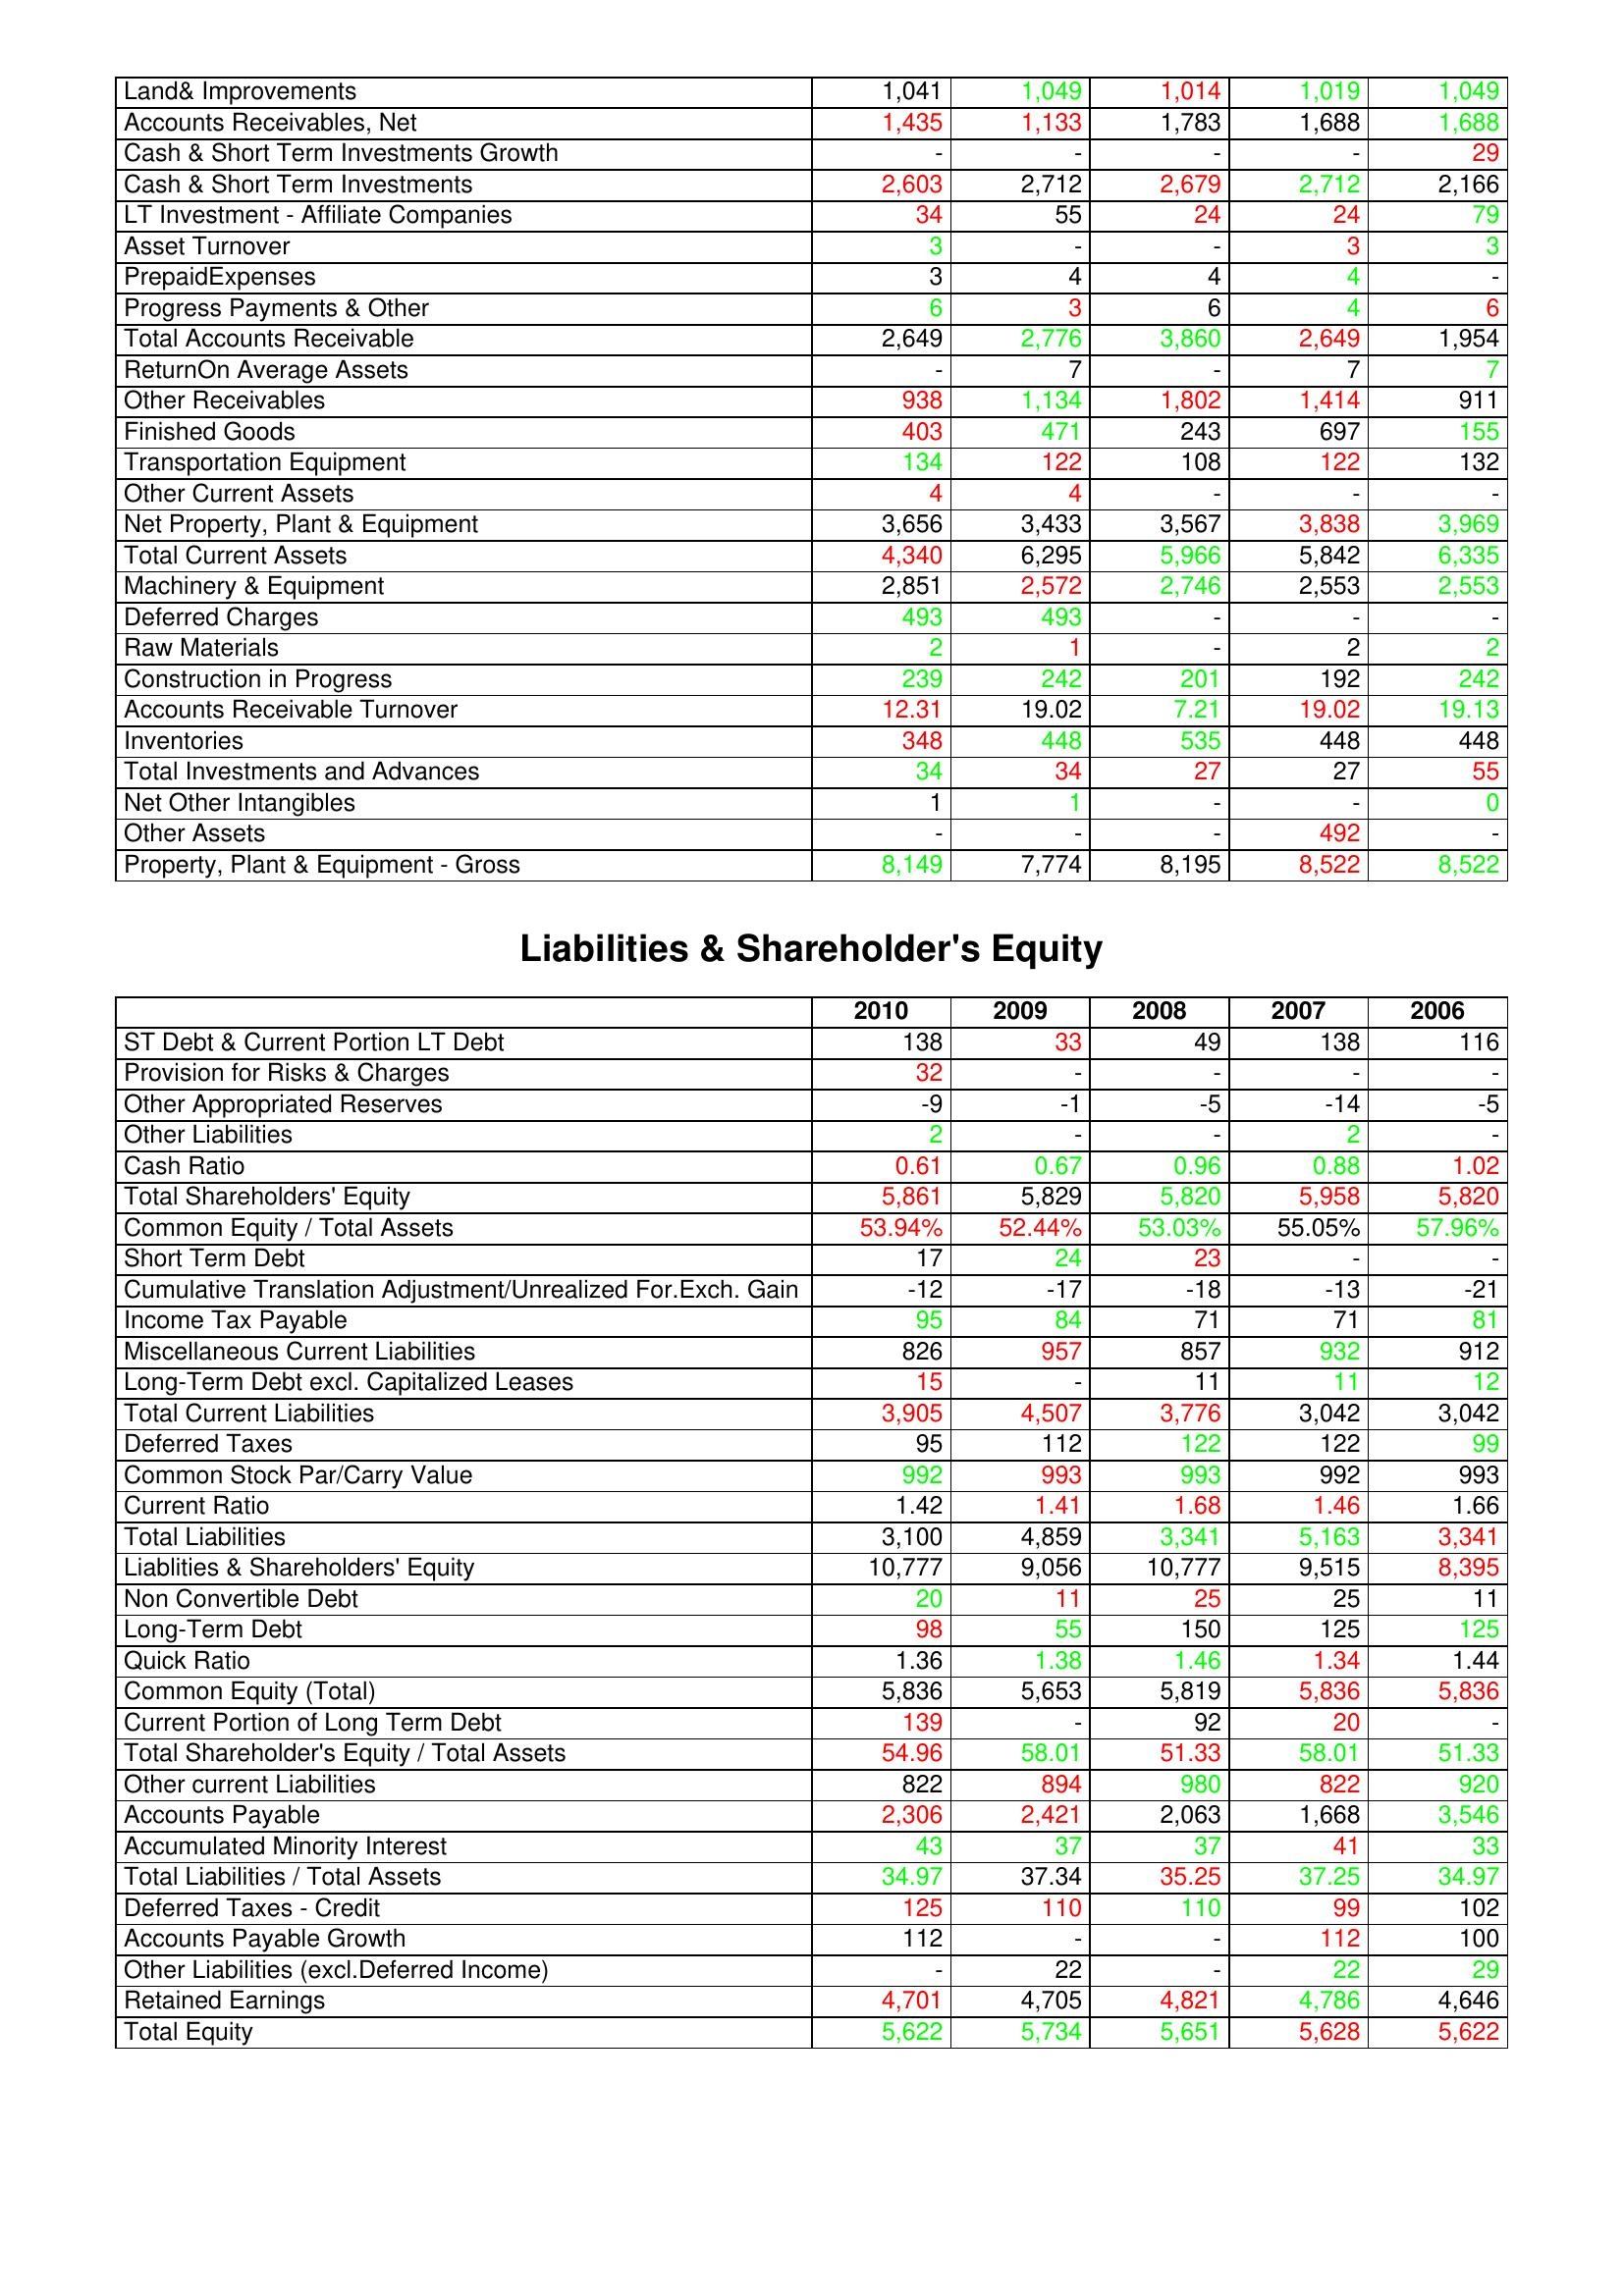
gt_parse: 2010: Assets: Land& Improvements: 1,041
Accounts Receivables, Net: 1,435
Cash & Short Term Investments Growth: -
Cash & Short Term Investments: 2,603
LT Investment - Affiliate Companies: 34
Asset Turnover: 3
PrepaidExpenses: 3
Progress Payments & Other: 6
Total Accounts Receivable: 2,649
ReturnOn Average Assets: -
Other Receivables: 938
Finished Goods: 403
Transportation Equipment: 134
Other Current Assets: 4
Net Property, Plant & Equipment: 3,656
Total Current Assets: 4,340
Machinery & Equipment: 2,851
Deferred Charges: 493
Raw Materials: 2
Construction in Progress: 239
Accounts Receivable Turnover: 12.31
Inventories: 348
Total Investments and Advances: 34
Net Other Intangibles: 1
Other Assets: -
Property, Plant & Equipment - Gross : 8,149
Liabilities & Shareholder's Equity: ST Debt & Current Portion LT Debt: 138
Provision for Risks & Charges: 32
Other Appropriated Reserves: -9
Other Liabilities: 2
Cash Ratio: 0.61
Total Shareholders' Equity: 5,861
Common Equity / Total Assets: 53.94%
Short Term Debt: 17
Cumulative Translation Adjustment/Unrealized For.Exch. Gain: -12
Income Tax Payable: 95
Miscellaneous Current Liabilities: 826
Long-Term Debt excl. Capitalized Leases: 15
Total Current Liabilities: 3,905
Deferred Taxes: 95
Common Stock Par/Carry Value: 992
Current Ratio: 1.42
Total Liabilities: 3,100
Liablities & Shareholders' Equity: 10,777
Non Convertible Debt: 20
Long-Term Debt: 98
Quick Ratio: 1.36
Common Equity (Total): 5,836
Current Portion of Long Term Debt: 139
Total Shareholder's Equity / Total Assets: 54.96
Other current Liabilities: 822
Accounts Payable: 2,306
Accumulated Minority Interest: 43
Total Liabilities / Total Assets: 34.97
Deferred Taxes - Credit: 125
Accounts Payable Growth: 112
Other Liabilities (excl.Deferred Income): -
Retained Earnings: 4,701
Total Equity: 5,622
2009: Assets: Land& Improvements: 1,049
Accounts Receivables, Net: 1,133
Cash & Short Term Investments Growth: -
Cash & Short Term Investments: 2,712
LT Investment - Affiliate Companies: 55
Asset Turnover: -
PrepaidExpenses: 4
Progress Payments & Other: 3
Total Accounts Receivable: 2,776
ReturnOn Average Assets: 7
Other Receivables: 1,134
Finished Goods: 471
Transportation Equipment: 122
Other Current Assets: 4
Net Property, Plant & Equipment: 3,433
Total Current Assets: 6,295
Machinery & Equipment: 2,572
Deferred Charges: 493
Raw Materials: 1
Construction in Progress: 242
Accounts Receivable Turnover: 19.02
Inventories: 448
Total Investments and Advances: 34
Net Other Intangibles: 1
Other Assets: -
Property, Plant & Equipment - Gross : 7,774
Liabilities & Shareholder's Equity: ST Debt & Current Portion LT Debt: 33
Provision for Risks & Charges: -
Other Appropriated Reserves: -1
Other Liabilities: -
Cash Ratio: 0.67
Total Shareholders' Equity: 5,829
Common Equity / Total Assets: 52.44%
Short Term Debt: 24
Cumulative Translation Adjustment/Unrealized For.Exch. Gain: -17
Income Tax Payable: 84
Miscellaneous Current Liabilities: 957
Long-Term Debt excl. Capitalized Leases: -
Total Current Liabilities: 4,507
Deferred Taxes: 112
Common Stock Par/Carry Value: 993
Current Ratio: 1.41
Total Liabilities: 4,859
Liablities & Shareholders' Equity: 9,056
Non Convertible Debt: 11
Long-Term Debt: 55
Quick Ratio: 1.38
Common Equity (Total): 5,653
Current Portion of Long Term Debt: -
Total Shareholder's Equity / Total Assets: 58.01
Other current Liabilities: 894
Accounts Payable: 2,421
Accumulated Minority Interest: 37
Total Liabilities / Total Assets: 37.34
Deferred Taxes - Credit: 110
Accounts Payable Growth: -
Other Liabilities (excl.Deferred Income): 22
Retained Earnings: 4,705
Total Equity: 5,734
2008: Assets: Land& Improvements: 1,014
Accounts Receivables, Net: 1,783
Cash & Short Term Investments Growth: -
Cash & Short Term Investments: 2,679
LT Investment - Affiliate Companies: 24
Asset Turnover: -
PrepaidExpenses: 4
Progress Payments & Other: 6
Total Accounts Receivable: 3,860
ReturnOn Average Assets: -
Other Receivables: 1,802
Finished Goods: 243
Transportation Equipment: 108
Other Current Assets: -
Net Property, Plant & Equipment: 3,567
Total Current Assets: 5,966
Machinery & Equipment: 2,746
Deferred Charges: -
Raw Materials: -
Construction in Progress: 201
Accounts Receivable Turnover: 7.21
Inventories: 535
Total Investments and Advances: 27
Net Other Intangibles: -
Other Assets: -
Property, Plant & Equipment - Gross : 8,195
Liabilities & Shareholder's Equity: ST Debt & Current Portion LT Debt: 49
Provision for Risks & Charges: -
Other Appropriated Reserves: -5
Other Liabilities: -
Cash Ratio: 0.96
Total Shareholders' Equity: 5,820
Common Equity / Total Assets: 53.03%
Short Term Debt: 23
Cumulative Translation Adjustment/Unrealized For.Exch. Gain: -18
Income Tax Payable: 71
Miscellaneous Current Liabilities: 857
Long-Term Debt excl. Capitalized Leases: 11
Total Current Liabilities: 3,776
Deferred Taxes: 122
Common Stock Par/Carry Value: 993
Current Ratio: 1.68
Total Liabilities: 3,341
Liablities & Shareholders' Equity: 10,777
Non Convertible Debt: 25
Long-Term Debt: 150
Quick Ratio: 1.46
Common Equity (Total): 5,819
Current Portion of Long Term Debt: 92
Total Shareholder's Equity / Total Assets: 51.33
Other current Liabilities: 980
Accounts Payable: 2,063
Accumulated Minority Interest: 37
Total Liabilities / Total Assets: 35.25
Deferred Taxes - Credit: 110
Accounts Payable Growth: -
Other Liabilities (excl.Deferred Income): -
Retained Earnings: 4,821
Total Equity: 5,651
2007: Assets: Land& Improvements: 1,019
Accounts Receivables, Net: 1,688
Cash & Short Term Investments Growth: -
Cash & Short Term Investments: 2,712
LT Investment - Affiliate Companies: 24
Asset Turnover: 3
PrepaidExpenses: 4
Progress Payments & Other: 4
Total Accounts Receivable: 2,649
ReturnOn Average Assets: 7
Other Receivables: 1,414
Finished Goods: 697
Transportation Equipment: 122
Other Current Assets: -
Net Property, Plant & Equipment: 3,838
Total Current Assets: 5,842
Machinery & Equipment: 2,553
Deferred Charges: -
Raw Materials: 2
Construction in Progress: 192
Accounts Receivable Turnover: 19.02
Inventories: 448
Total Investments and Advances: 27
Net Other Intangibles: -
Other Assets: 492
Property, Plant & Equipment - Gross : 8,522
Liabilities & Shareholder's Equity: ST Debt & Current Portion LT Debt: 138
Provision for Risks & Charges: -
Other Appropriated Reserves: -14
Other Liabilities: 2
Cash Ratio: 0.88
Total Shareholders' Equity: 5,958
Common Equity / Total Assets: 55.05%
Short Term Debt: -
Cumulative Translation Adjustment/Unrealized For.Exch. Gain: -13
Income Tax Payable: 71
Miscellaneous Current Liabilities: 932
Long-Term Debt excl. Capitalized Leases: 11
Total Current Liabilities: 3,042
Deferred Taxes: 122
Common Stock Par/Carry Value: 992
Current Ratio: 1.46
Total Liabilities: 5,163
Liablities & Shareholders' Equity: 9,515
Non Convertible Debt: 25
Long-Term Debt: 125
Quick Ratio: 1.34
Common Equity (Total): 5,836
Current Portion of Long Term Debt: 20
Total Shareholder's Equity / Total Assets: 58.01
Other current Liabilities: 822
Accounts Payable: 1,668
Accumulated Minority Interest: 41
Total Liabilities / Total Assets: 37.25
Deferred Taxes - Credit: 99
Accounts Payable Growth: 112
Other Liabilities (excl.Deferred Income): 22
Retained Earnings: 4,786
Total Equity: 5,628
2006: Assets: Land& Improvements: 1,049
Accounts Receivables, Net: 1,688
Cash & Short Term Investments Growth: 29
Cash & Short Term Investments: 2,166
LT Investment - Affiliate Companies: 79
Asset Turnover: 3
PrepaidExpenses: -
Progress Payments & Other: 6
Total Accounts Receivable: 1,954
ReturnOn Average Assets: 7
Other Receivables: 911
Finished Goods: 155
Transportation Equipment: 132
Other Current Assets: -
Net Property, Plant & Equipment: 3,969
Total Current Assets: 6,335
Machinery & Equipment: 2,553
Deferred Charges: -
Raw Materials: 2
Construction in Progress: 242
Accounts Receivable Turnover: 19.13
Inventories: 448
Total Investments and Advances: 55
Net Other Intangibles: 0
Other Assets: -
Property, Plant & Equipment - Gross : 8,522
Liabilities & Shareholder's Equity: ST Debt & Current Portion LT Debt: 116
Provision for Risks & Charges: -
Other Appropriated Reserves: -5
Other Liabilities: -
Cash Ratio: 1.02
Total Shareholders' Equity: 5,820
Common Equity / Total Assets: 57.96%
Short Term Debt: -
Cumulative Translation Adjustment/Unrealized For.Exch. Gain: -21
Income Tax Payable: 81
Miscellaneous Current Liabilities: 912
Long-Term Debt excl. Capitalized Leases: 12
Total Current Liabilities: 3,042
Deferred Taxes: 99
Common Stock Par/Carry Value: 993
Current Ratio: 1.66
Total Liabilities: 3,341
Liablities & Shareholders' Equity: 8,395
Non Convertible Debt: 11
Long-Term Debt: 125
Quick Ratio: 1.44
Common Equity (Total): 5,836
Current Portion of Long Term Debt: -
Total Shareholder's Equity / Total Assets: 51.33
Other current Liabilities: 920
Accounts Payable: 3,546
Accumulated Minority Interest: 33
Total Liabilities / Total Assets: 34.97
Deferred Taxes - Credit: 102
Accounts Payable Growth: 100
Other Liabilities (excl.Deferred Income): 29
Retained Earnings: 4,646
Total Equity: 5,622